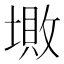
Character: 𡏯